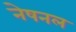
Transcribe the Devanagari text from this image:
नेषनल